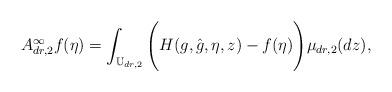
LaTeX: \begin{align*}A^{\infty}_{dr,2}f(\eta )=\int_{{\Bbb U}_{dr,2}}\Bigg(H(g,\hat {g},\eta ,z)-f(\eta )\Bigg)\mu_{dr,2}(dz),\end{align*}